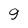
Character: 9